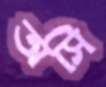
অসি